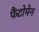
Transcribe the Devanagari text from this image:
फैंटोमेन